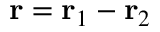
{ \bf r } = { \bf r } _ { 1 } - { \bf r } _ { 2 }